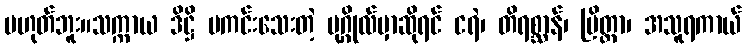
မဟုတ်ဘူး။သက္ကာယ ဒိဋ္ဌိ မကင်းသေးတဲ့ ပုဂ္ဂိုလ်မှာဆိုရင် ငရဲ၊ တိရစ္ဆာန်၊ ပြိတ္တာ၊ အသူရကာယ်